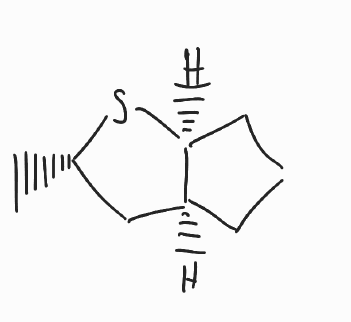
Simplified molecular-input line-entry system (SMILES) notation of the given molecule:
C[C@H]1C[C@@H]2CCC[C@@H]2S1